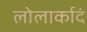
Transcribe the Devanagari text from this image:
लोलार्कादं